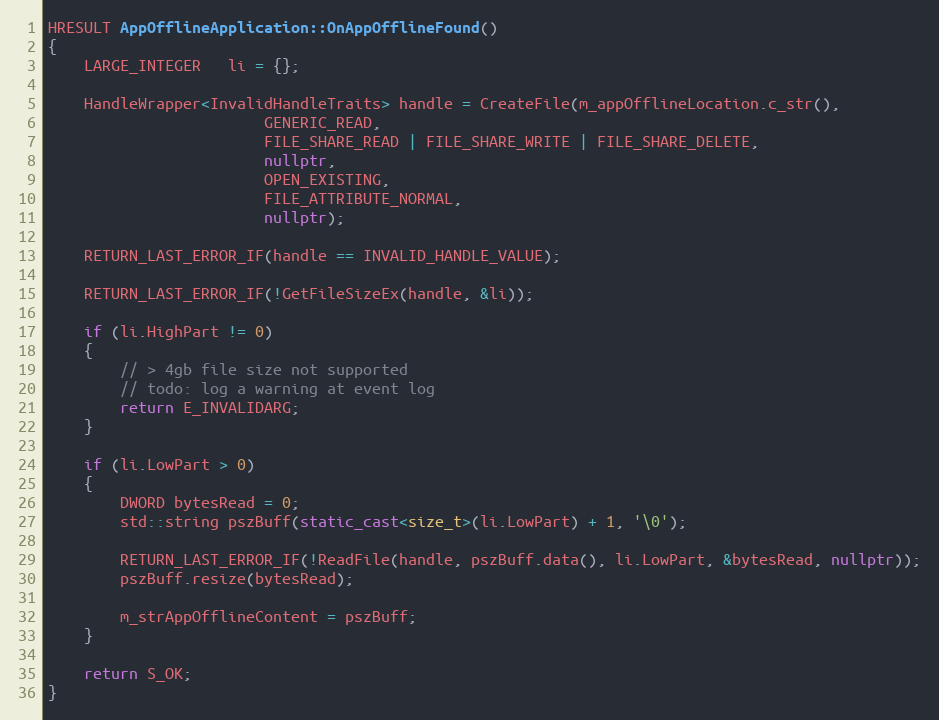
Language: C++
HRESULT AppOfflineApplication::OnAppOfflineFound()
{
    LARGE_INTEGER   li = {};

    HandleWrapper<InvalidHandleTraits> handle = CreateFile(m_appOfflineLocation.c_str(),
                        GENERIC_READ,
                        FILE_SHARE_READ | FILE_SHARE_WRITE | FILE_SHARE_DELETE,
                        nullptr,
                        OPEN_EXISTING,
                        FILE_ATTRIBUTE_NORMAL,
                        nullptr);

    RETURN_LAST_ERROR_IF(handle == INVALID_HANDLE_VALUE);

    RETURN_LAST_ERROR_IF(!GetFileSizeEx(handle, &li));

    if (li.HighPart != 0)
    {
        // > 4gb file size not supported
        // todo: log a warning at event log
        return E_INVALIDARG;
    }

    if (li.LowPart > 0)
    {
        DWORD bytesRead = 0;
        std::string pszBuff(static_cast<size_t>(li.LowPart) + 1, '\0');

        RETURN_LAST_ERROR_IF(!ReadFile(handle, pszBuff.data(), li.LowPart, &bytesRead, nullptr));
        pszBuff.resize(bytesRead);

        m_strAppOfflineContent = pszBuff;
    }

    return S_OK;
}